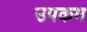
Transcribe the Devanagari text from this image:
उपकम